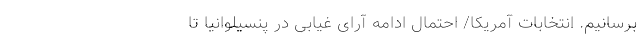
برسانیم. انتخابات آمریکا/ احتمال ادامه آرای غیابی در پنسیلوانیا تا